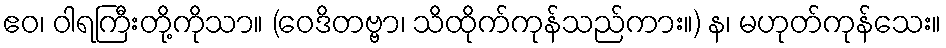
ဧဝ၊ ဝါရကြီးတို့ကိုသာ။ (ဝေဒိတဗ္ဗာ၊ သိထိုက်ကုန်သည်ကား။) န၊ မဟုတ်ကုန်သေး။